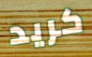
كريد